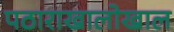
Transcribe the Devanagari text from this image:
पठाराखालोखाल